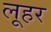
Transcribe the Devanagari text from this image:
लूहर